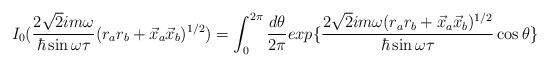
LaTeX: \begin{align*}I_{0}(\frac{2\sqrt{2} i m\omega}{\hbar \sin \omega \tau}(r_{a}r_{b} + \vec{x}_{a}\vec{x}_{b})^{1/2}) = \int_{0}^{2\pi}\frac{d\theta}{2\pi}exp\{\frac{2\sqrt{2}im\omega (r_{a}r_{b} + \vec{x}_{a}\vec{x}_{b})^{1/2} }{\hbar \sin \omega\tau}\cos \theta \}\end{align*}